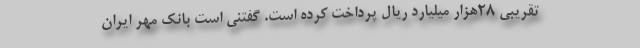
تقريبي ۲۸هزار ميليارد ريال پرداخت كرده است. گفتني است بانك مهر ايران